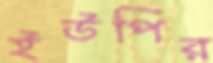
ইউপির